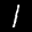
Label: 1